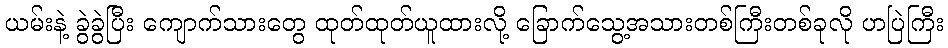
ယမ်းနဲ့ ခွဲခွဲပြီး ကျောက်သားတွေ ထုတ်ထုတ်ယူထားလို့ ခြောက်သွေ့အသားတစ်ကြီးတစ်ခုလို ဟပြဲကြီး